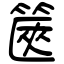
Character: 篋